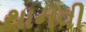
થાનવી